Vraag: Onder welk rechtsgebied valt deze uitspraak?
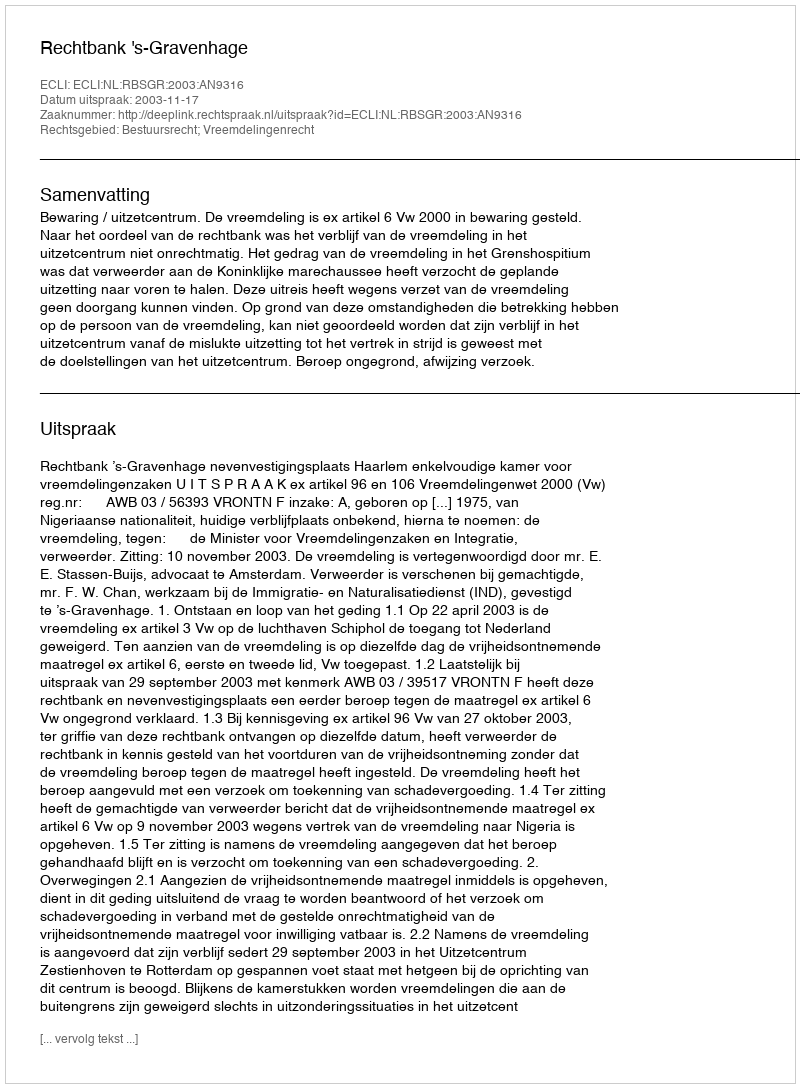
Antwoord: Bestuursrecht; Vreemdelingenrecht